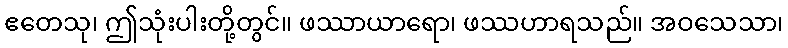
ဧတေသု၊ ဤသုံးပါးတို့တွင်။ ဖဿာယာရော၊ ဖဿဟာရသည်။ အဝသေသာ၊